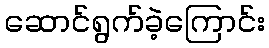
ဆောင်ရွက်ခဲ့ကြောင်း